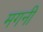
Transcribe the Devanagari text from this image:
मगनी